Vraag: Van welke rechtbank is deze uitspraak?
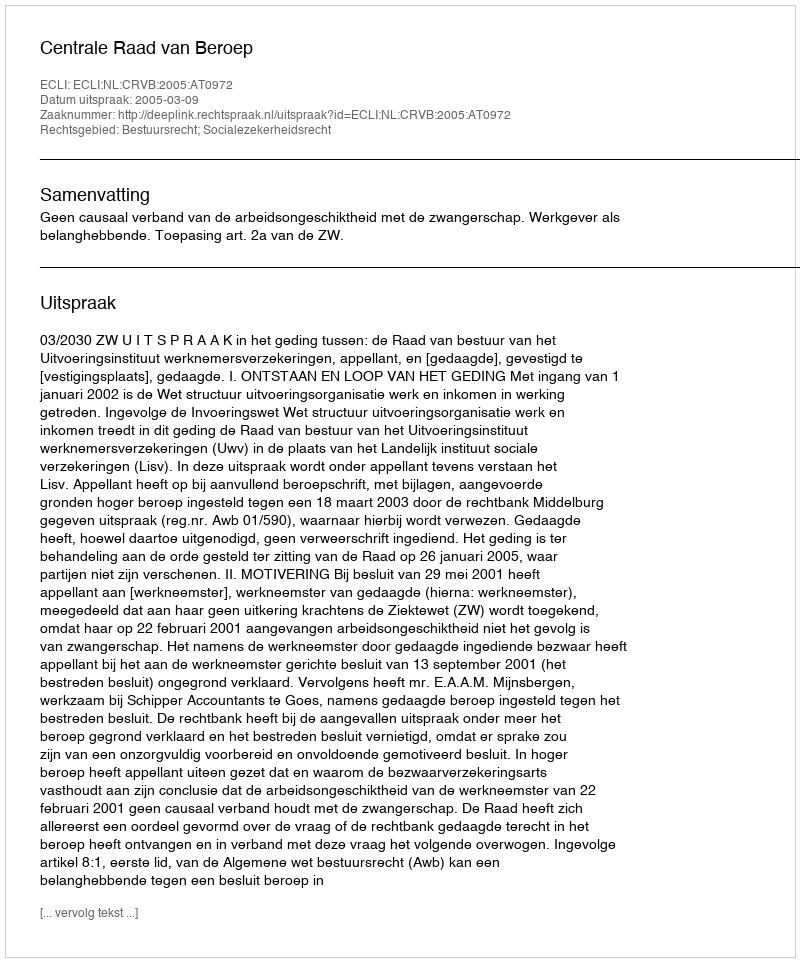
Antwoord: Centrale Raad van Beroep